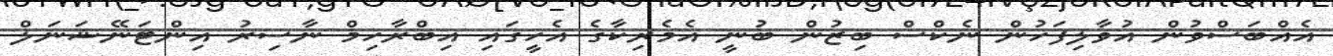
އެއްބަސްވުން އުވާލިފަހުން ނެކްސް ބިޒުން ބުނީ އެމެރިކާގެ އެހީގައި އިބްރާހިމް ނާސިރު އިންޓަނޭޝަނަލް